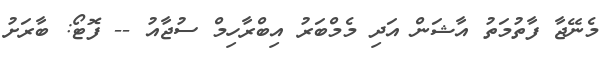
މެނޭޖާ ފާތުމަތު އާޝަން އަދި މެމްބަރު އިބްރާހިމް ސުޖާއު -- ފޮޓޯ: ބާރަށު